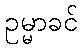
ဥမ္မာခင်